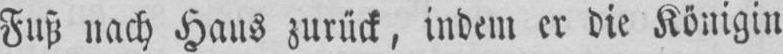
Fusi nach Haus zuruck, indem er die Kdnigin